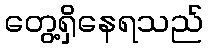
တွေ့ရှိနေရသည်